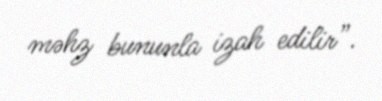
məhz bununla izah edilir”.